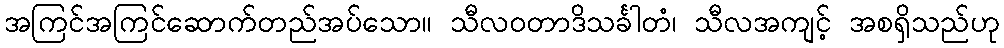
အကြင်အကြင်ဆောက်တည်အပ်သော။ သီလဝတာဒိသင်္ခါတံ၊ သီလအကျင့် အစရှိသည်ဟု